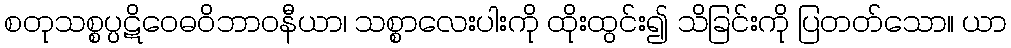
စတုသစ္စပ္ပဋိဝေဓဝိဘာဝနီယာ၊ သစ္စာလေးပါးကို ထိုးထွင်း၍ သိခြင်းကို ပြတတ်သော။ ယာ